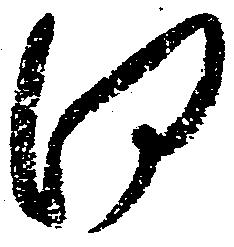
何